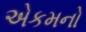
એકમનો